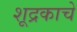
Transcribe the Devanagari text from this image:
शूद्रकाचे